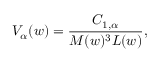
V _ { \alpha } ( w ) = \frac { { \cal C } _ { 1 , \alpha } } { M ( w ) ^ { 3 } L ( w ) } ,